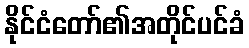
နိုင်ငံတော်၏အတိုင်ပင်ခံ